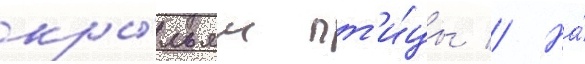
кры́льям пт'и́цы // На́